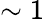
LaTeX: \sim 1